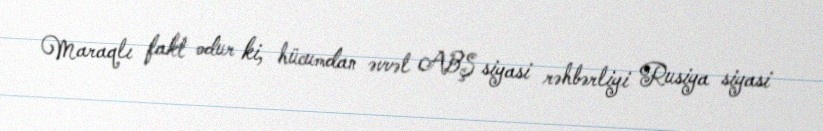
Maraqlı fakt odur ki, hücumdan əvvəl ABŞ siyasi rəhbərliyi Rusiya siyasi